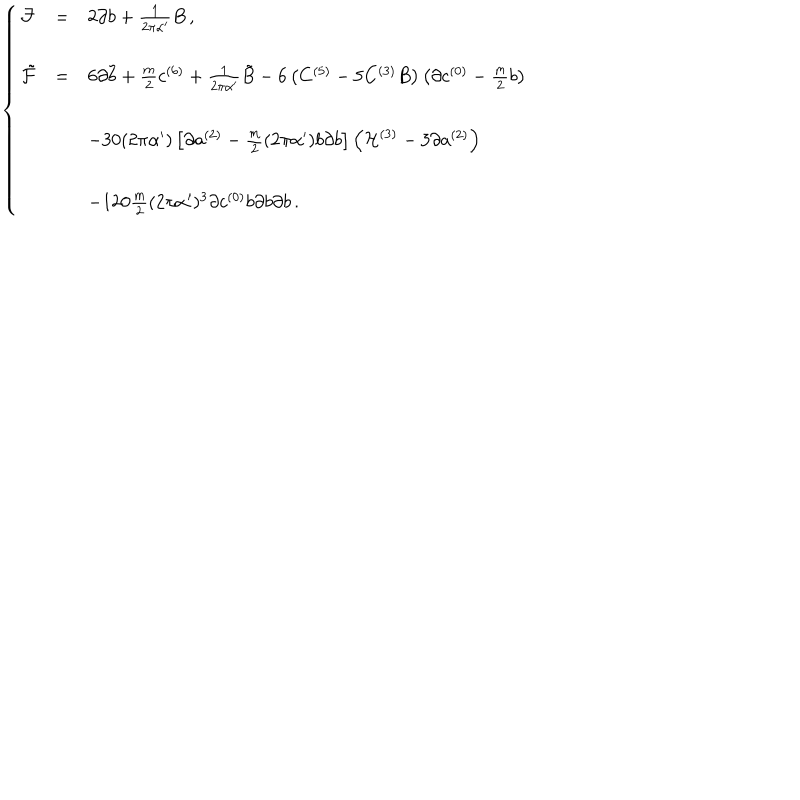
LaTeX: \left\{ \begin{array} { r c l } { { { \cal F } } } & { { = } } & { { 2 \partial b + \frac { 1 } { 2 \pi \alpha ^ { \prime } } B \, , } } \\ { { } } & { { } } & { { } } \\ { { \tilde { \cal F } } } & { { = } } & { { 6 \partial \tilde { b } + \frac { m } { 2 } c ^ { ( 6 ) } + \frac { 1 } { 2 \pi \alpha ^ { \prime } } \tilde { B } - 6 \left( C ^ { ( 5 ) } - 5 C ^ { ( 3 ) } B \right) \left( \partial c ^ { ( 0 ) } - \frac { m } { 2 } b \right) } } \\ { { } } & { { } } & { { } } \\ { { } } & { { } } & { { - 3 0 ( 2 \pi \alpha ^ { \prime } ) \left[ \partial a ^ { ( 2 ) } - \frac { m } { 2 } ( 2 \pi \alpha ^ { \prime } ) b \partial b \right] \left( { \cal H } ^ { ( 3 ) } - 3 \partial a ^ { ( 2 ) } \right) } } \\ { { } } & { { } } & { { } } \\ { { } } & { { } } & { { - 1 2 0 \frac { m } { 2 } ( 2 \pi \alpha ^ { \prime } ) ^ { 3 } \partial c ^ { ( 0 ) } b \partial b \partial b \, . } } \\ \end{array} \right.